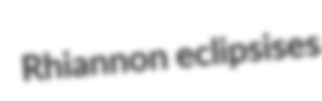
Rhiannon eclipsises